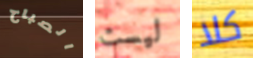
الصباح ليست كلا